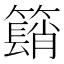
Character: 𥵦